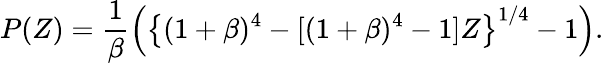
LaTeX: P(Z)=\frac{1}{\beta}\left(\left\{ (1+\beta)^{4}-[(1+\beta)^{4}-1]Z\right\} ^{1/4}-1\right).